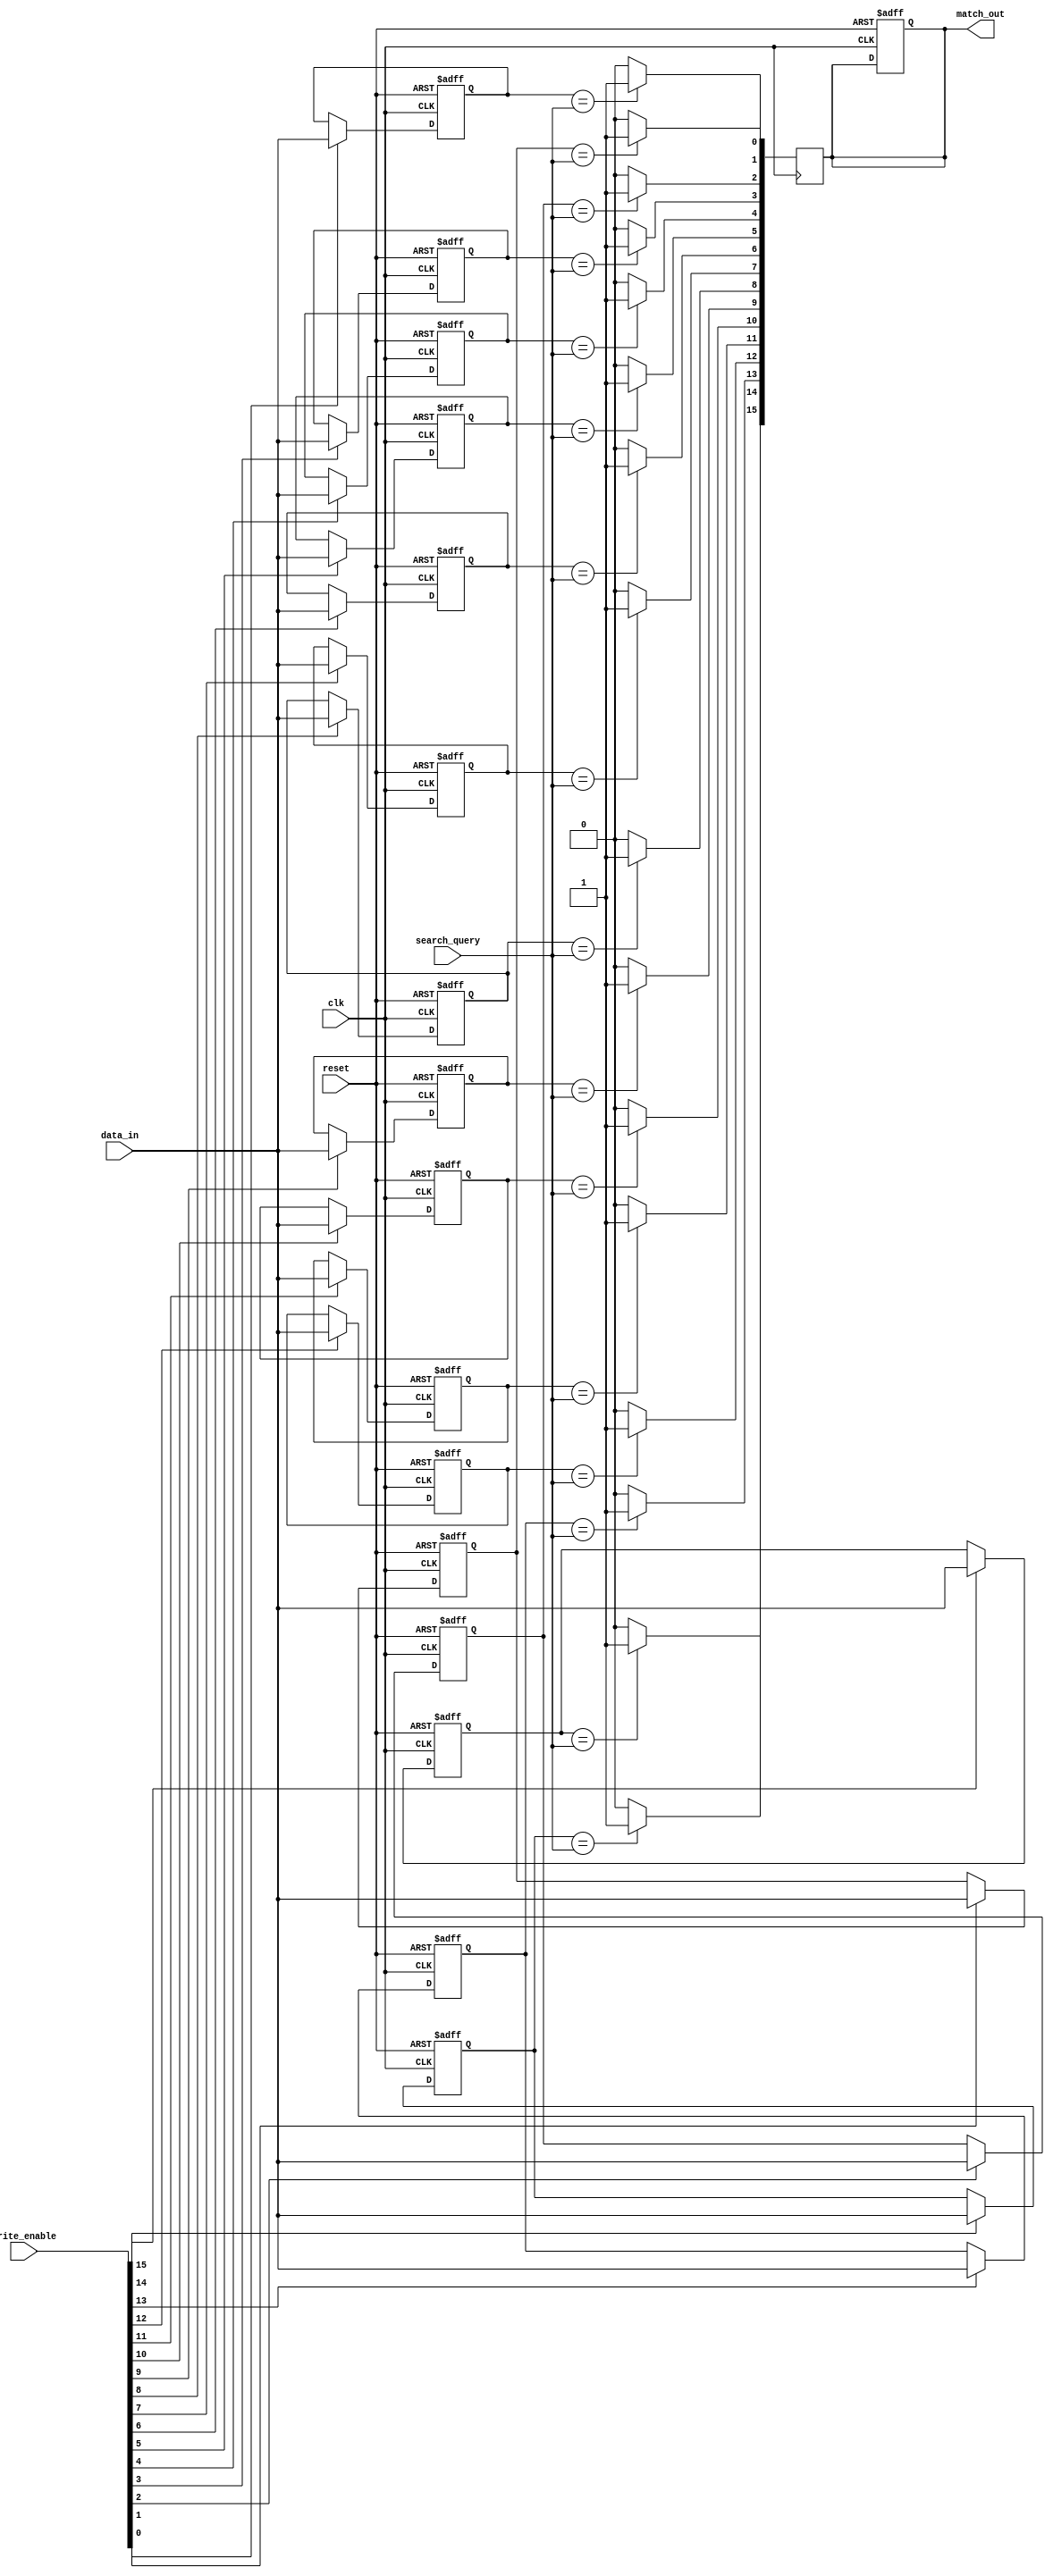
module CAM #(
    parameter N = 16,  // Number of entries
    parameter W = 32   // Width of each entry
)(
    input wire clk,               // Clock signal
    input wire reset,             // Reset signal
    input wire [W-1:0] search_query, // Search input
    input wire [N-1:0] write_enable, // Write enable for entries
    input wire [W-1:0] data_in,   // Data input for writing to CAM
    output reg [N-1:0] match_out  // Output match vector
);

    // Memory Array
    reg [W-1:0] mem [0:N-1];

    // Write Mechanism
    integer i;
    always @(posedge clk or posedge reset) begin
        if (reset) begin
            // Clear memory on reset
            for (i = 0; i < N; i = i + 1) begin
                mem[i] <= {W{1'b0}};
            end
            match_out <= {N{1'b0}};
        end else begin
            // Write data to memory if write_enable is set
            for (i = 0; i < N; i = i + 1) begin
                if (write_enable[i]) begin
                    mem[i] <= data_in; // Write data at the matching index
                end
            end
        end
    end

    // Match Logic
    always @(posedge clk) begin
        match_out <= {N{1'b0}}; // Clear match output vector
        for (i = 0; i < N; i = i + 1) begin
            if (mem[i] == search_query) begin
                match_out[i] <= 1'b1; // Set match bit if there is a match
            end
        end
    end

endmodule